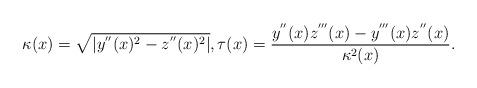
LaTeX: \begin{align*}\kappa (x)=\sqrt{\left\vert y^{^{\prime \prime }}(x)^{2}-z^{^{\prime \prime}}(x)^{2}\right\vert },\tau (x)=\frac{y^{^{\prime \prime}}(x)z^{^{\prime \prime \prime }}(x)-y^{^{\prime \prime \prime}}(x)z^{^{\prime \prime }}(x)}{\kappa ^{2}(x)}.\end{align*}